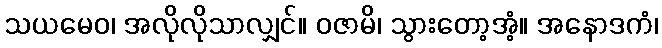
သယမေဝ၊ အလိုလိုသာလျှင်။ ဝဇာမိ၊ သွားတော့အံ့။ အနောဒကံ၊